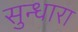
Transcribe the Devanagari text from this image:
सुन्धारा